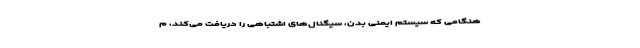
هنگامی که سیستم ایمنی بدن، سیگنال‌های اشتباهی را دریافت می‌کند، م